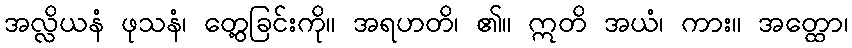
အလ္လိယနံ ဖုသနံ၊ တွေ့ခြင်းကို။ အရဟတိ၊ ၏။ ဣတိ အယံ၊ ကား။ အတ္ထော၊